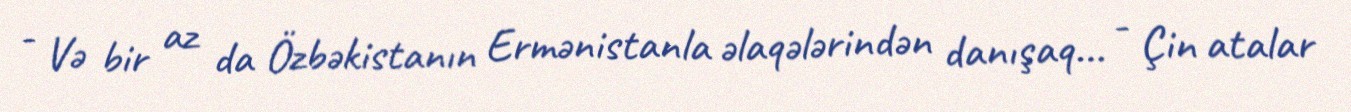
- Və bir az da Özbəkistanın Ermənistanla əlaqələrindən danışaq... - Çin atalar